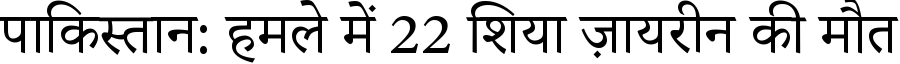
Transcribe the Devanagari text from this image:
पाकिस्तान: हमले में 22 शिया ज़ायरीन की मौत